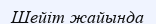
Шейіт жайында